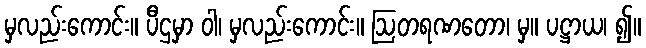
မှလည်းကောင်း။ ပီဌမှာ ဝါ၊ မှလည်းကောင်း။ ဩတရဏတော၊ မှ။ ပဋ္ဌာယ၊ ၍။